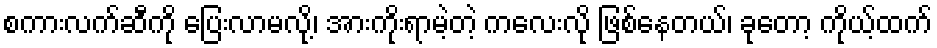
စကားလက်ဆီကို ပြေးလာမလို့၊ အားကိုးရာမဲ့တဲ့ ကလေးလို ဖြစ်နေတယ်၊ ခုတော့ ကိုယ့်ထက်